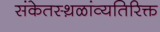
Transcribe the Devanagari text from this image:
संकेतस्थ़ळांव्यतिरिक्त